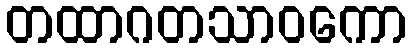
တထာဂတသာဝကော